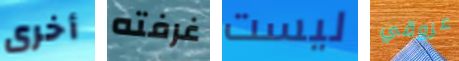
أخرى غرفته ليست عروقي